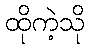
ထိုကဲ့သို